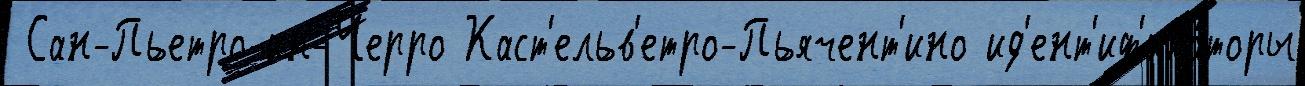
 Сан-Пьетро-ин-Черро Каст'ельв'етро-Пьячент'ино ид'ент'иф'ика́торы